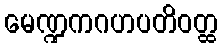
မေဏ္ဍကဂဟပတိဝတ္ထ